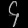
Digit: ၄